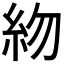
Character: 𥾸